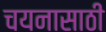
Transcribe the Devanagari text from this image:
चयनासाठी